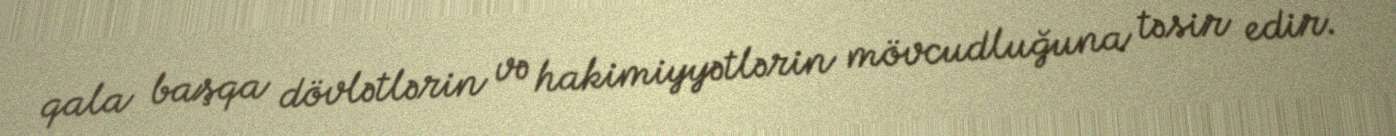
qala başqa dövlətlərin və hakimiyyətlərin mövcudluğuna təsir edir.